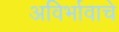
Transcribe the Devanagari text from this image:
अविर्भावाचे